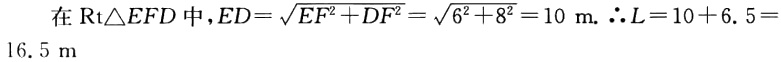
在$\text{Rt}\triangle EFD$中，$ED = \sqrt{EF^{2} + DF^{2}}=\sqrt{6^{2}+8^{2}} = 10\ \text{m}$. $\therefore L = 10 + 6.5 = 16.5\ \text{m}$